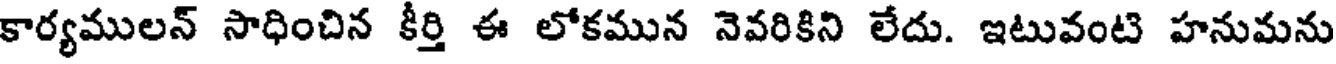
కార్యములన్ సాధించిన కీర్తి ఈ లోకమున నెవరికిని లేదు. ఇటువంటి హనుమను